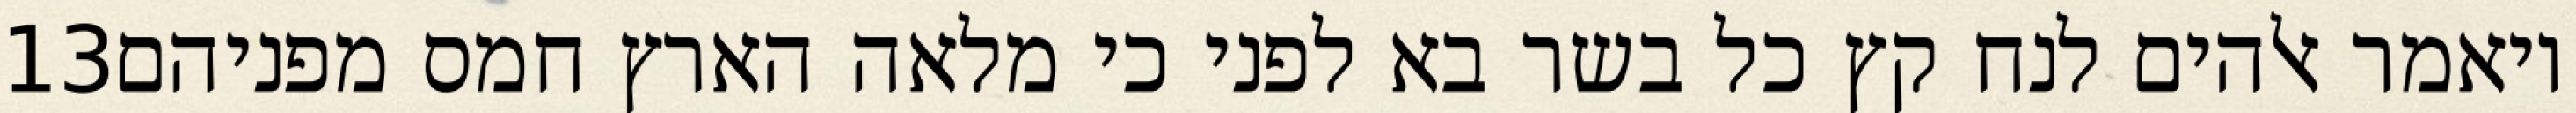
‎13‏ ויאמר אלהים לנח קץ כל בשר בא לפני כי מלאה הארץ חמס מפניהם